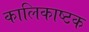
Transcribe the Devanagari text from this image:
कालिकाष्टक